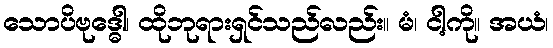
သောပိဗုဒ္ဓေါ၊ ထိုဘုရားရှင်သည်လည်း။ မံ၊ ငါ့ကို။ အယံ၊